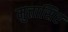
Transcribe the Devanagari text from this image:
मुत्तासिर